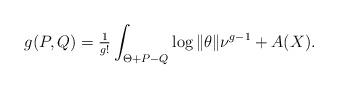
LaTeX: \begin{align*}g(P,Q)=\tfrac{1}{g!}\int_{\Theta+P-Q}\log\|\theta\|\nu^{g-1}+A(X).\end{align*}